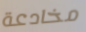
مخادعة